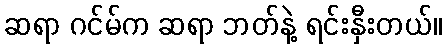
ဆရာ ဂင်မ်က ဆရာ ဘတ်နဲ့ ရင်းနှီးတယ်။